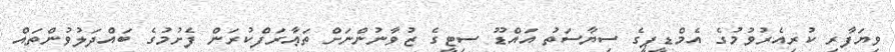
ވިޔަފާރި ކުރިއެރުވުމުގެ އެމްޑީޕީގެ ސިޔާސަތު އައްޑޫ ސިޓީގެ ޒުވާނުންނަށް ތަޢާރަފްކުރަން ފެށުމުގެ ބައްދަލުވުންތައް